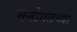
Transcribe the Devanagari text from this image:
मनोगतच्या